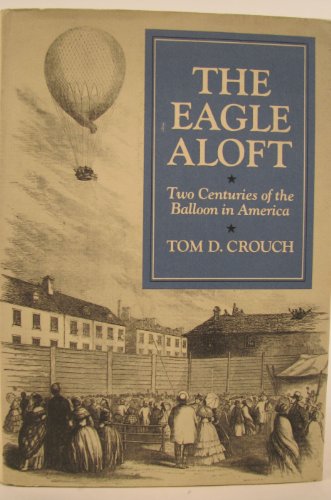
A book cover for The Eagle Aloft: Two Centuries of the Balloon in America; Tom D. Crouch; Sports & Outdoors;